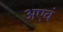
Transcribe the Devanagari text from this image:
अएवं